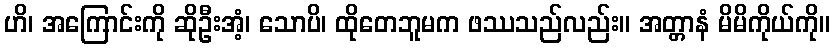
ဟိ၊ အကြောင်းကို ဆိုဦးအံ့၊ သောပိ၊ ထိုတေဘူမက ဖဿသည်လည်း။ အတ္တာနံ မိမိကိုယ်ကို။